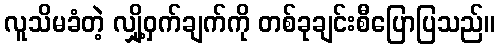
လူသိမခံတဲ့ လျှို့ဝှက်ချက်ကို တစ်ခုချင်းစီပြောပြသည်။